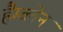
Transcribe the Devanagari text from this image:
हैम्ब्लेन